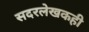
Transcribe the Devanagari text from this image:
सदरलेखकही